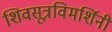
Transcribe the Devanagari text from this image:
शिवसूत्रविमर्शिनी